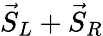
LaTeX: {\vec{S}}_{L}+{\vec{S}}_{R}